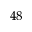
^ { 4 8 }